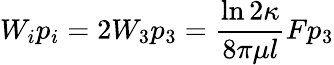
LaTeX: W_{i}p_{i}=2W_{3}p_{3}=\frac{\ln{2\kappa}}{8\pi\mu l}Fp_{3}